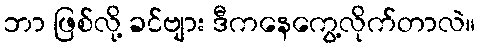
ဘာ ဖြစ်လို့ ခင်ဗျား ဒီကနေကွေ့လိုက်တာလဲ။